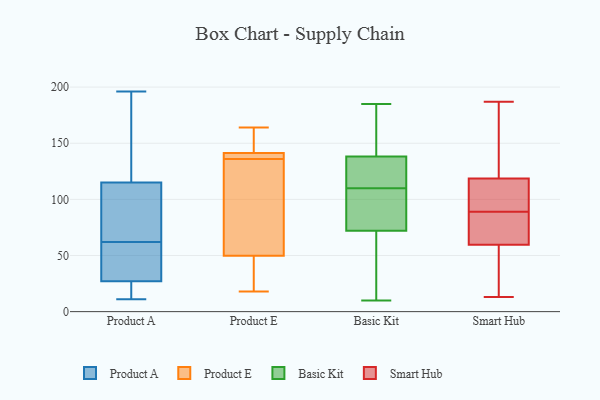
{"axis": {"x": "Operating Costs (USD K)", "y": "Value"}, "legend": ["Basic Kit", "Product A", "Product E", "Smart Hub"], "data": [{"x": "", "y": 14, "type": "Product A"}, {"x": "", "y": 196, "type": "Product A"}, {"x": "", "y": 37, "type": "Product A"}, {"x": "", "y": 34, "type": "Product A"}, {"x": "", "y": 121, "type": "Product A"}, {"x": "", "y": 109, "type": "Product A"}, {"x": "", "y": 92, "type": "Product A"}, {"x": "", "y": 11, "type": "Product A"}, {"x": "", "y": 40, "type": "Product A"}, {"x": "", "y": 20, "type": "Product A"}, {"x": "", "y": 188, "type": "Product A"}, {"x": "", "y": 84, "type": "Product A"}, {"x": "", "y": 46, "type": "Product E"}, {"x": "", "y": 164, "type": "Product E"}, {"x": "", "y": 51, "type": "Product E"}, {"x": "", "y": 141, "type": "Product E"}, {"x": "", "y": 41, "type": "Product E"}, {"x": "", "y": 141, "type": "Product E"}, {"x": "", "y": 104, "type": "Product E"}, {"x": "", "y": 140, "type": "Product E"}, {"x": "", "y": 136, "type": "Product E"}, {"x": "", "y": 115, "type": "Product E"}, {"x": "", "y": 148, "type": "Product E"}, {"x": "", "y": 141, "type": "Product E"}, {"x": "", "y": 22, "type": "Product E"}, {"x": "", "y": 148, "type": "Product E"}, {"x": "", "y": 142, "type": "Product E"}, {"x": "", "y": 63, "type": "Product E"}, {"x": "", "y": 18, "type": "Product E"}, {"x": "", "y": 136, "type": "Basic Kit"}, {"x": "", "y": 10, "type": "Basic Kit"}, {"x": "", "y": 128, "type": "Basic Kit"}, {"x": "", "y": 146, "type": "Basic Kit"}, {"x": "", "y": 38, "type": "Basic Kit"}, {"x": "", "y": 70, "type": "Basic Kit"}, {"x": "", "y": 126, "type": "Basic Kit"}, {"x": "", "y": 110, "type": "Basic Kit"}, {"x": "", "y": 122, "type": "Basic Kit"}, {"x": "", "y": 47, "type": "Basic Kit"}, {"x": "", "y": 180, "type": "Basic Kit"}, {"x": "", "y": 185, "type": "Basic Kit"}, {"x": "", "y": 78, "type": "Basic Kit"}, {"x": "", "y": 109, "type": "Basic Kit"}, {"x": "", "y": 100, "type": "Basic Kit"}, {"x": "", "y": 12, "type": "Basic Kit"}, {"x": "", "y": 92, "type": "Basic Kit"}, {"x": "", "y": 139, "type": "Basic Kit"}, {"x": "", "y": 143, "type": "Basic Kit"}, {"x": "", "y": 126, "type": "Smart Hub"}, {"x": "", "y": 33, "type": "Smart Hub"}, {"x": "", "y": 122, "type": "Smart Hub"}, {"x": "", "y": 79, "type": "Smart Hub"}, {"x": "", "y": 13, "type": "Smart Hub"}, {"x": "", "y": 89, "type": "Smart Hub"}, {"x": "", "y": 108, "type": "Smart Hub"}, {"x": "", "y": 187, "type": "Smart Hub"}, {"x": "", "y": 93, "type": "Smart Hub"}, {"x": "", "y": 53, "type": "Smart Hub"}, {"x": "", "y": 85, "type": "Smart Hub"}]}